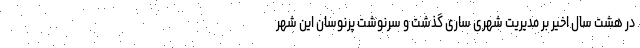
در هشت سال اخیر بر مدیریت شهری ساری گذشت و سرنوشت پرنوسان این شهر